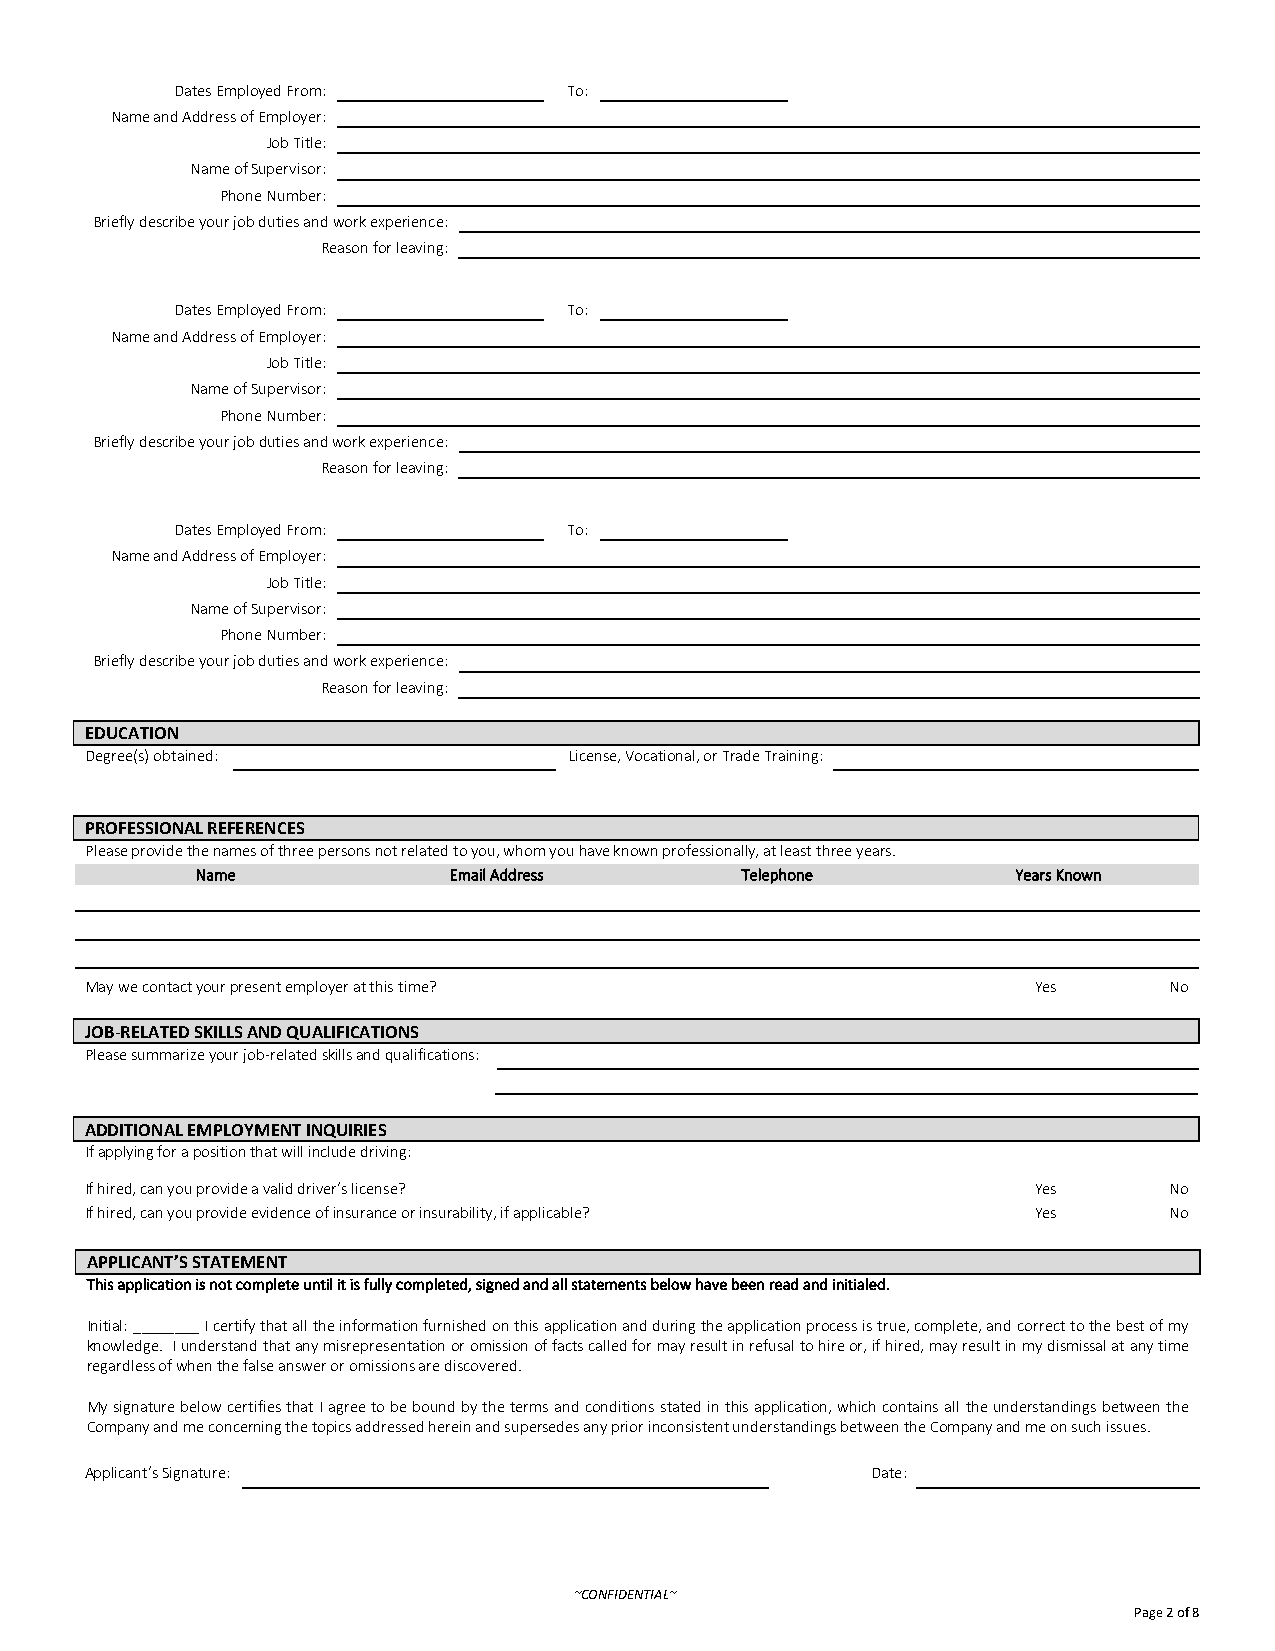
Dates Employed From:      To:
 Name and Address of Employer:
 Job Title:
 Name of Supervisor:
 Phone Number:
 Briefly describe your job duties and work experience:
 Reason for leaving:
 Dates Employed From:      To:
 Name and Address of Employer:
 Job Title:
 Name of Supervisor:
 Phone Number:
 Briefly describe your job duties and work experience:
 Reason for leaving:
 Dates Employed From:      To:
 Name and Address of Employer:
 Job Title:
 Name of Supervisor:
 Phone Number:
 Briefly describe your job duties and work experience:
 Reason for leaving:
 EDUCATION
 Degree(s) obtained:             License, Vocational, or Trade Training:
 PROFESSIONAL REFERENCES
 Please provide the names of three persons not related to you, whom you have known professionally, at least three years.
 Name             Email Address      Telephone         Years Known
 May we contact your present employer at this time?            Yes      No
 JOB-RELATED SKILLS AND QUALIFICATIONS
 Please summarize your job-related skills and qualifications:
 ADDITIONAL EMPLOYMENT INQUIRIES
 If applying for a position that will include driving:
 If hired, can you provide a valid driver’s license?           Yes      No
 If hired, can you provide evidence of insurance or insurability, if applicable? Yes No
 APPLICANT’S STATEMENT
 This application is not complete until it is fully completed, signed and all statements below have been read and initialed.
 Initial: ________ I certify that all the information furnished on this application and during the application process is true, complete, and correct to the best of my
 knowledge. I understand that any misrepresentation or omission of facts called for may result in refusal to hire or, if hired, may result in my dismissal at any time
 regardless of when the false answer or omissions are discovered.
 My signature below certifies that I agree to be bound by the terms and conditions stated in this application, which contains all the understandings between the
 Company and me concerning the topics addressed herein and supersedes any prior inconsistent understandings between the Company and me on such issues.
 Applicant’s Signature:                              Date:
 ~CONFIDENTIAL~
 Page 2 of 8